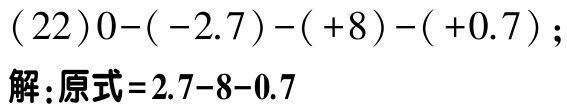
\((22)0-(-2.7)-(+8)-(+0.7);\)
解：原式\(=2.7 - 8 - 0.7\)